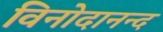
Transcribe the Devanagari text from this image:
विनोदानन्द